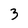
Character: 3